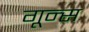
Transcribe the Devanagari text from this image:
गून्स